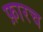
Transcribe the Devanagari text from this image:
फ़ारच